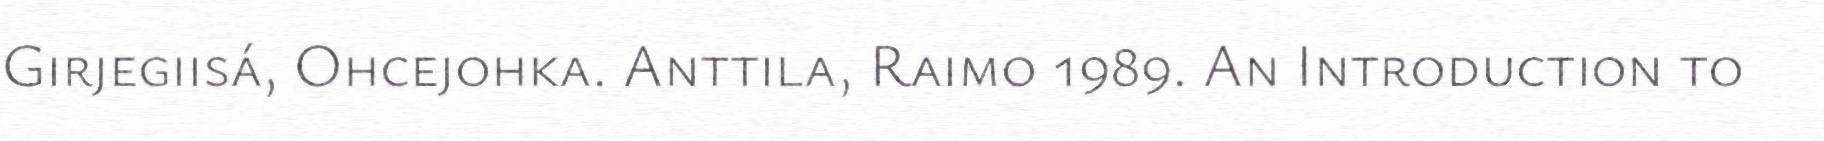
Girjegiisá, Ohcejohka. Anttila, Raimo 1989. An Introduction to